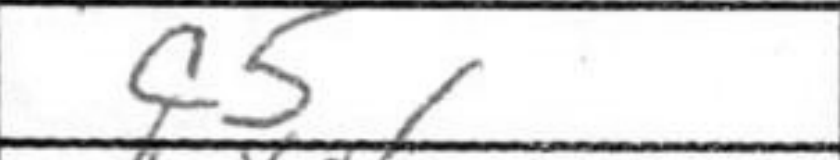
Transcription: c5